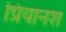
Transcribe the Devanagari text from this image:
प्रियानश